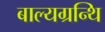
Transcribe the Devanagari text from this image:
बाल्यग्रन्थि